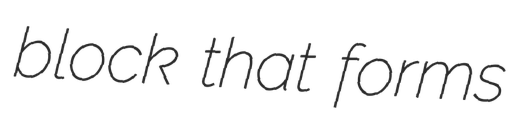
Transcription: block that forms